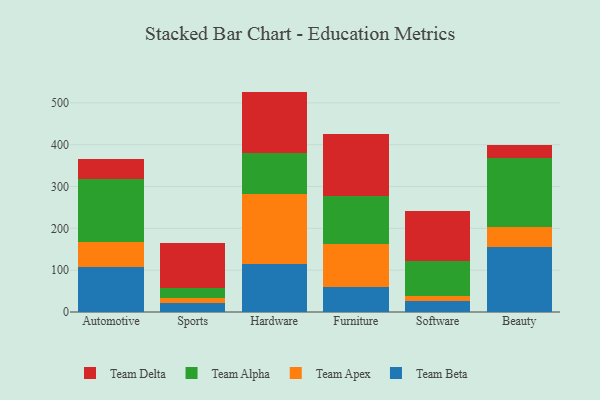
{"axis": {"x": "Category", "y": "Headcount"}, "legend": ["Team Alpha", "Team Apex", "Team Beta", "Team Delta"], "data": [{"x": "Automotive", "y": 107.2, "type": "Team Beta"}, {"x": "Automotive", "y": 59.4, "type": "Team Apex"}, {"x": "Automotive", "y": 152.5, "type": "Team Alpha"}, {"x": "Automotive", "y": 46.3, "type": "Team Delta"}, {"x": "Sports", "y": 21.0, "type": "Team Beta"}, {"x": "Sports", "y": 11.4, "type": "Team Apex"}, {"x": "Sports", "y": 25.5, "type": "Team Alpha"}, {"x": "Sports", "y": 106.6, "type": "Team Delta"}, {"x": "Hardware", "y": 113.6, "type": "Team Beta"}, {"x": "Hardware", "y": 168.9, "type": "Team Apex"}, {"x": "Hardware", "y": 97.6, "type": "Team Alpha"}, {"x": "Hardware", "y": 146.8, "type": "Team Delta"}, {"x": "Furniture", "y": 60.1, "type": "Team Beta"}, {"x": "Furniture", "y": 102.5, "type": "Team Apex"}, {"x": "Furniture", "y": 114.5, "type": "Team Alpha"}, {"x": "Furniture", "y": 149.3, "type": "Team Delta"}, {"x": "Software", "y": 25.6, "type": "Team Beta"}, {"x": "Software", "y": 12.5, "type": "Team Apex"}, {"x": "Software", "y": 83.7, "type": "Team Alpha"}, {"x": "Software", "y": 118.8, "type": "Team Delta"}, {"x": "Beauty", "y": 155.8, "type": "Team Beta"}, {"x": "Beauty", "y": 48.5, "type": "Team Apex"}, {"x": "Beauty", "y": 164.6, "type": "Team Alpha"}, {"x": "Beauty", "y": 30.1, "type": "Team Delta"}]}